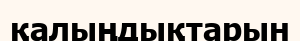
қалыңдықтарын